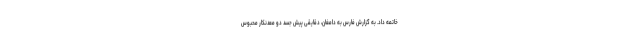
خاتمه داد. به گزارش فارس به دامغان، دقایقی پیش جسد دو معدنکار محبوس